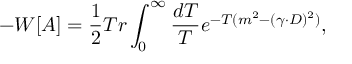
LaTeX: - W [ A ] = { \frac { 1 } { 2 } } T r \int _ { 0 } ^ { \infty } \frac { d T } { T } e ^ { - T ( m ^ { 2 } - ( \gamma \cdot D ) ^ { 2 } ) } ,